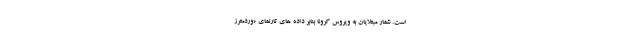
است. شمار مبتلایان به ویروس کرونا بنابر داده های تارنمای «وردمترز